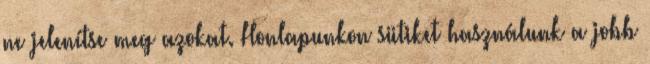
ne jelenítse meg azokat. Honlapunkon sütiket használunk a jobb